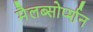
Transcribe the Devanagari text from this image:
मैलब्सोर्प्शन